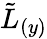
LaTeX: {\tilde{L}}_{(y)}